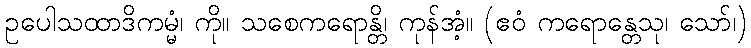
ဥပေါသထာဒိကမ္မံ၊ ကို။ သစေကရောန္တိ၊ ကုန်အံ့။ (ဧဝံ ကရောန္တေသု၊ သော်၊)